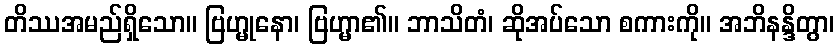
တိဿအမည်ရှိသော။ ဗြဟ္မုနော၊ ဗြဟ္မာ၏။ ဘာသိတံ၊ ဆိုအပ်သော စကားကို။ အဘိနန္ဒိတွာ၊